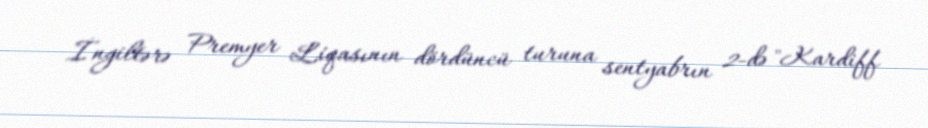
İngiltərə Premyer Liqasının dördüncü turuna sentyabrın 2-də "Kardiff